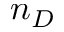
n _ { D }